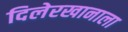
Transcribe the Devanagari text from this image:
दिलेरखानाला